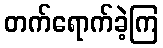
တက်ရောက်ခဲ့ကြ